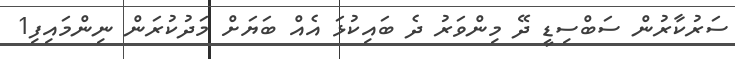
ސަރުކާރުން ސަބްސިޑީ ދޭ މިންވަރު ދެ ބައިކުޅަ އެއް ބަޔަށް މަދުކުރަން ނިންމައިފި1